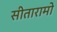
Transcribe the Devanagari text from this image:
सीतारामो